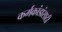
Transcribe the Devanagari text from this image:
कर्मकांडांसाठी